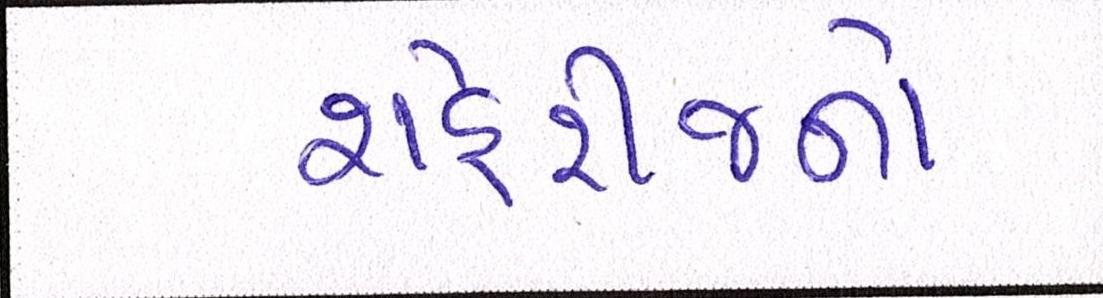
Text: શહેરીજનો